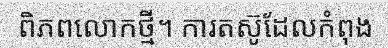
ពិភពលោកថ្មី។ ការតស៊ូដែលកំពុង